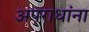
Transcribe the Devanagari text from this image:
अपराधांना